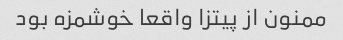
ممنون از پیتزا واقعا خوشمزه بود